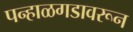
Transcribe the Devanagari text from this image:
पन्हाळगडावरून